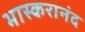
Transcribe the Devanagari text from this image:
भास्‍करानंद